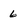
Character: 6